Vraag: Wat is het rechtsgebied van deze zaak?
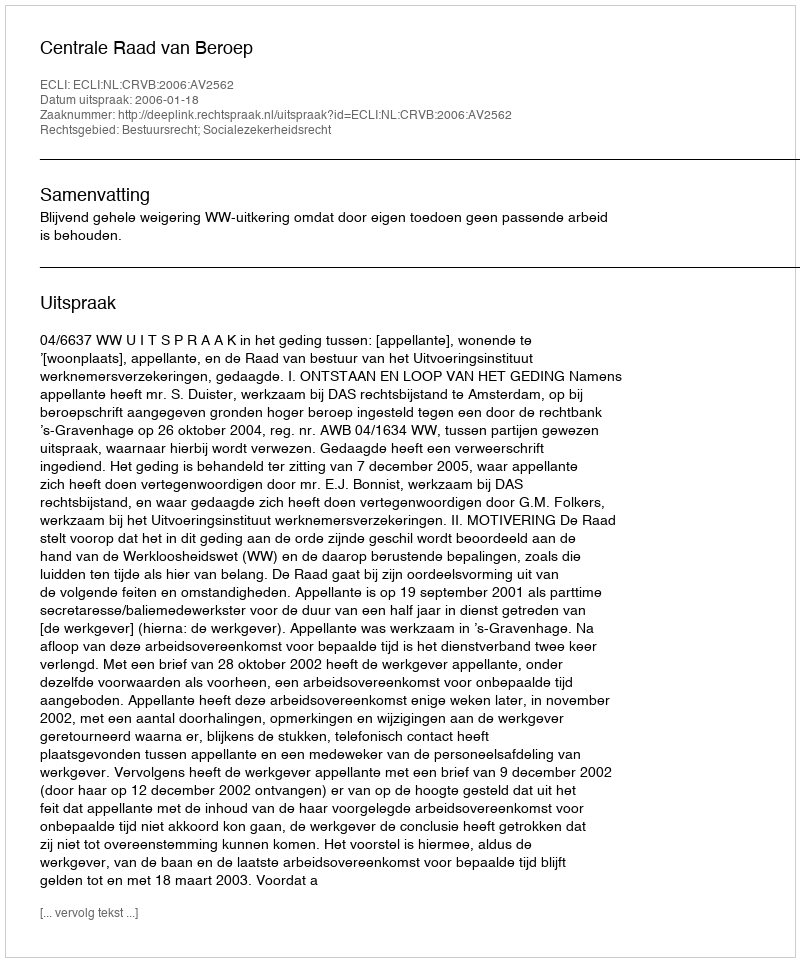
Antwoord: Bestuursrecht; Socialezekerheidsrecht